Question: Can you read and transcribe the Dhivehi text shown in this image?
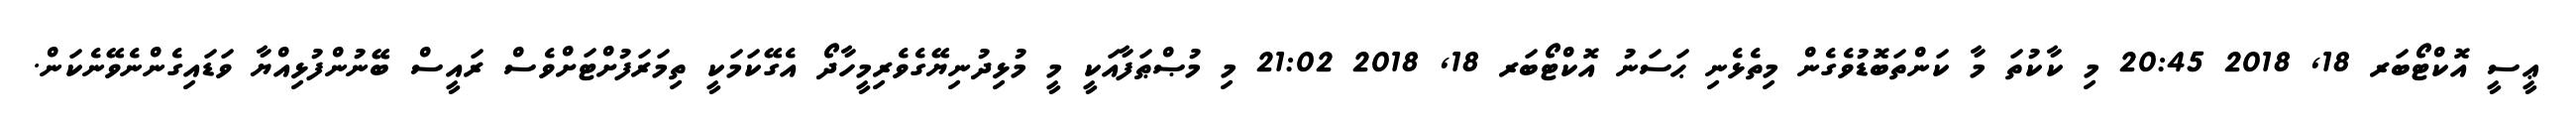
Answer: ޢީސީ އޮކްޓޯބަރ 18, 2018 20:45 މި ކާކުތަ މާ ކަންތަބޮޑުވެގެން މިތެޅެނި ޙަސަނު އޮކްޓޯބަރ 18, 2018 21:02 މި މުޞްޠަފާއަކީ މީ މުޅިދުނިޔޭގެވެރިމީހާދޯ އެގޭކަމަކީ ތިމަރަފުށްޓަށްވެސް ރައީސް ބޭނުންފުޅިއްޔާ ވަޑައިގެންނެވޭނެކަން.